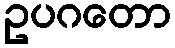
ဥပဂတော